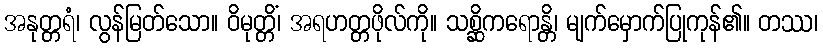
အနုတ္တရံ၊ လွန်မြတ်သော။ ဝိမုတ္တိံ၊ အရဟတ္တဖိုလ်ကို။ သစ္ဆိကရောန္တိ၊ မျက်မှောက်ပြုကုန်၏။ တဿ၊